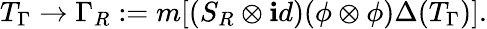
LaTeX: T_{\Gamma}\to\Gamma_{R}:=m[(S_{R}\otimes\mathbf{i}d)(\phi\otimes\phi)\Delta(T_{\Gamma})].